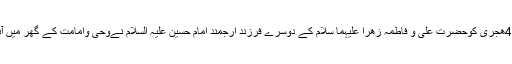
تین شعبان 4هجری کوحضرت علی و فاطمہ زهرا علیہما سلام کے دوسرے فرزند ارجمند امام حسین علیہ السلام نےوحی وامامت کے گھر میں آنکھ کھولی۔